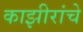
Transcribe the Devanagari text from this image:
काझीरांचे